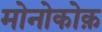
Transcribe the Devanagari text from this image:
मोनोकोक़